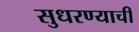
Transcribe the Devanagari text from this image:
सुधरण्याची